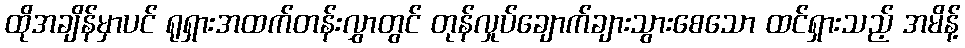
ထိုအချိန်မှာပင် ရုရှားအထက်တန်းလွှာတွင် တုန်လှုပ်ချောက်ချားသွားစေသော ထင်ရှားသည့် အမိန့်